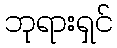
ဘုရားရှင်